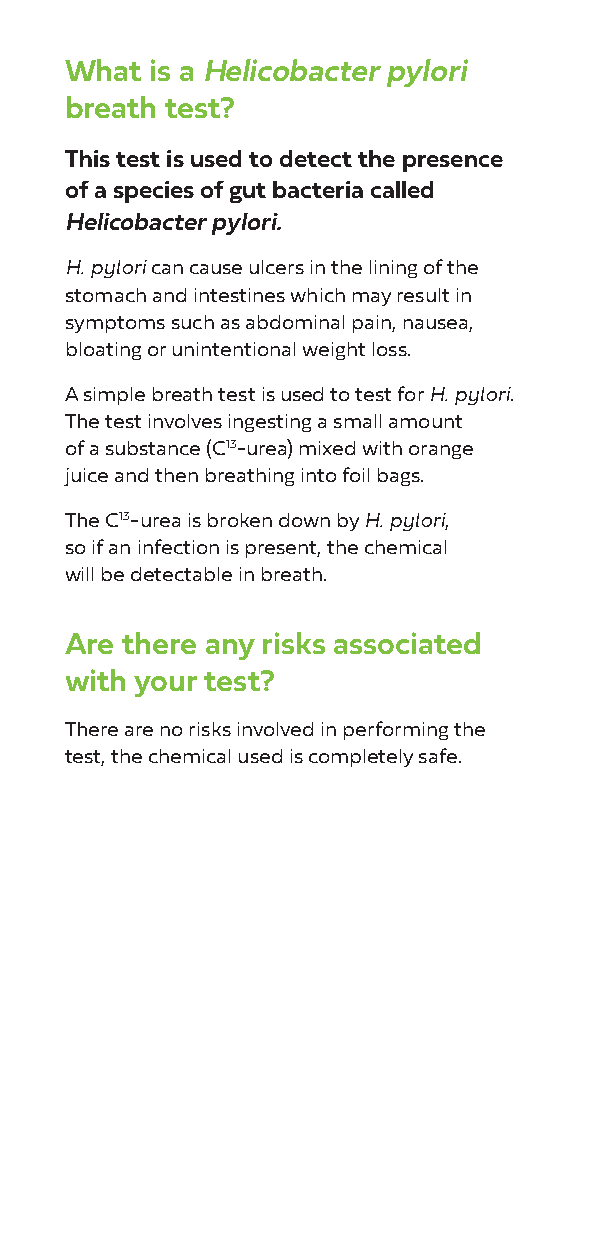
What  is a Helicobacter pylori
 breath test?
 This test is used to detect the presence
 of a species of gut bacteria called
 Helicobacter pylori.
 H. pylori can cause ulcers in the lining of the
 stomach and intestines which may result in
 symptoms such as abdominal pain, nausea,
 bloating or unintentional weight loss.
 A simple breath test is used to test for H. pylori.
 The test involves ingesting a small amount
 of a substance (C13-urea) mixed with orange
 juice and then breathing into foil bags.
 The C13-urea is broken down by H. pylori,
 so if an infection is present, the chemical
 will be detectable in breath.
 Are there any risks associated
 with your test?
 There are no risks involved in performing the
 test, the chemical used is completely safe.